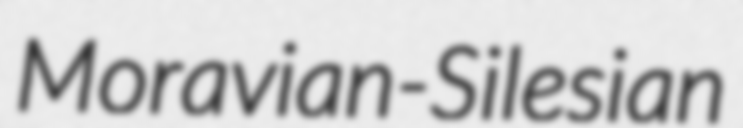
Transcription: Moravian-Silesian